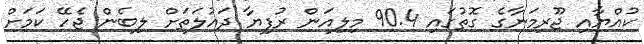
ކުއްޔާއި ޖޫރިމަނާގެ ގޮތުގައި 90.4 މިލިއަން ރުފިޔާ ދައުލަތަށް ލިބެން ޖެހޭ ކަމަށް